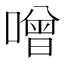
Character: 噌